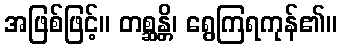
အဖြစ်ဖြင့်။ တစ္ဆန္တိ၊ ရွေကြရကုန်၏။